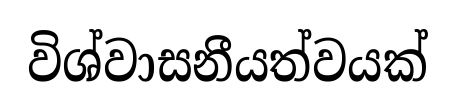
විශ්වාසනීයත්වයක්